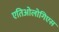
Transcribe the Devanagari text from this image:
एतिओलोगिएस